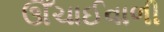
ઊઁચાઈવાળી